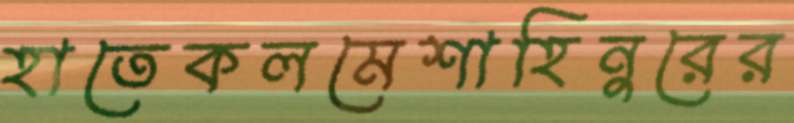
হাতেকলমেশাহিনুরের